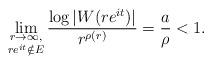
LaTeX: \begin{align*}\lim_{\substack{r\to\infty,\\re^{it}\notin E}}\frac{\log|W(re^{it})|}{r^{\rho(r)}}=\frac a\rho<1.\end{align*}